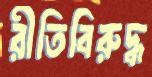
রীতিবিরুদ্ধ